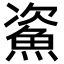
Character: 𩶲